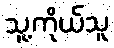
သူ့ကိုယ်သူ